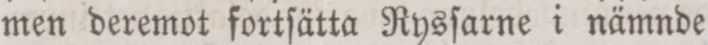
men deremot fortſätta Rysſarne i nämnde